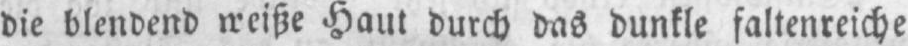
Haut durch das dunkle faltenreiche